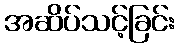
အဆိပ်သင့်ခြင်း